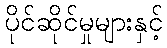
ပိုင်ဆိုင်မှုများနှင့်